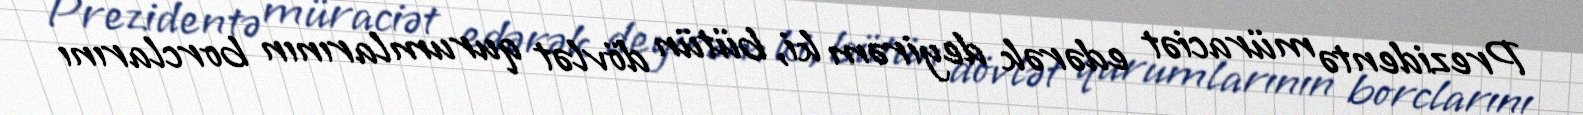
Prezidentə müraciət edərək deyirəm ki, bütün dövlət qurumlarının borclarını